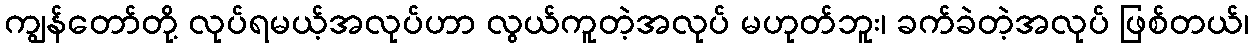
ကျွန်တော်တို့ လုပ်ရမယ့်အလုပ်ဟာ လွယ်ကူတဲ့အလုပ် မဟုတ်ဘူး၊ ခက်ခဲတဲ့အလုပ် ဖြစ်တယ်၊